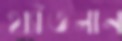
থ্যাঁতলান